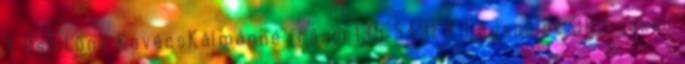
4 Őshitünk KovácsKálmánné írásai 135 SASFA Egyesület 38 Szakáli